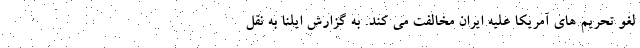
لغو تحریم های آمریکا علیه ایران مخالفت می کند. به گزارش ایلنا به نقل